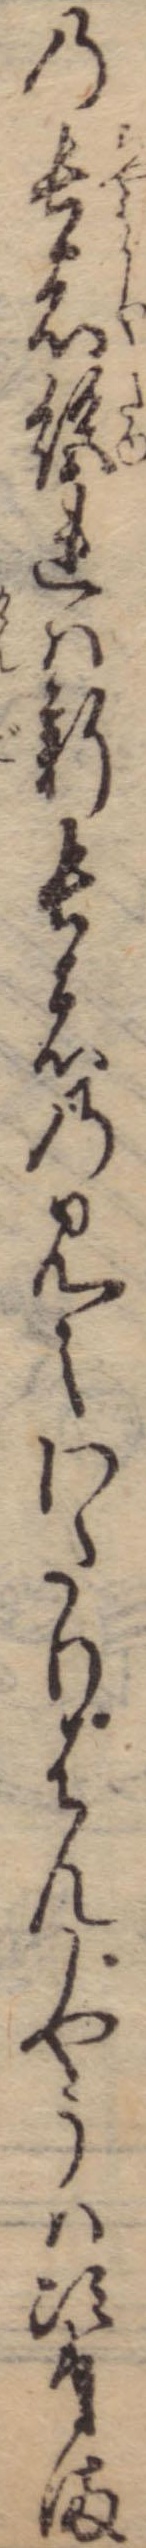
の長者絶れは新長者の見えわたりはんしやうは次第ま